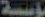
اسة